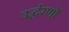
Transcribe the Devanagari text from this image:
उर्द्धरणों